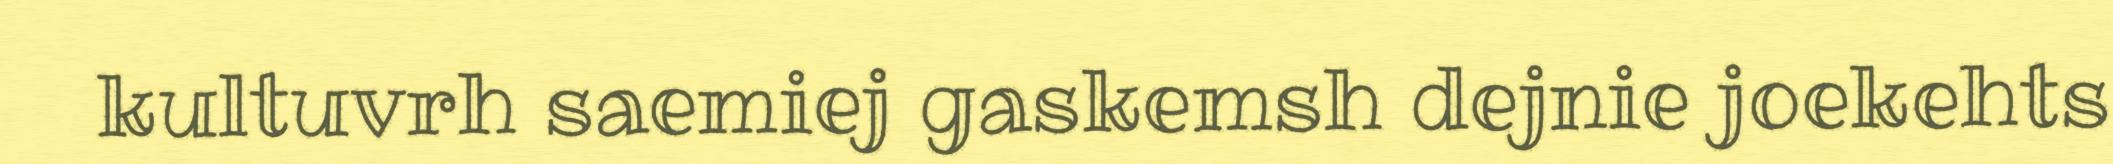
kultuvrh saemiej gaskemsh dejnie joekehts